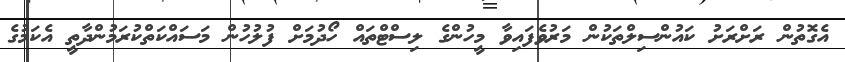
އެގޮތުން ރަށްރަށު ކައުންސިލްތަކުން މަރުވެފައިވާ މީހުންގެ ލިސްޓްތައް ހޯދުމަށް ފުލުހުން މަސައްކަތްކުރަމުންދާތީ އެކަމުގެ